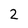
Character: 2